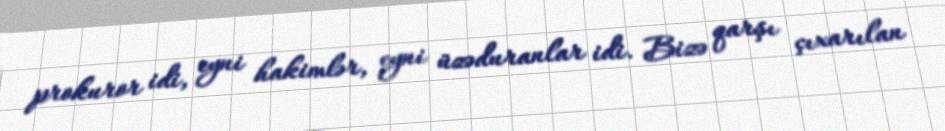
prokuror idi, eyni hakimlər, eyni üzəduranlar idi. Bizə qarşı çıxarılan